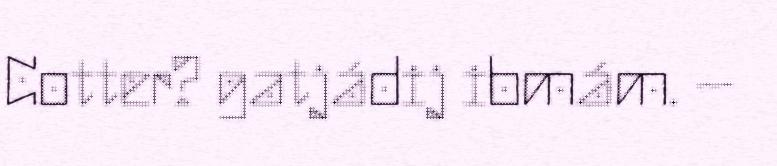
Cotter? gatjádij ibmám. –